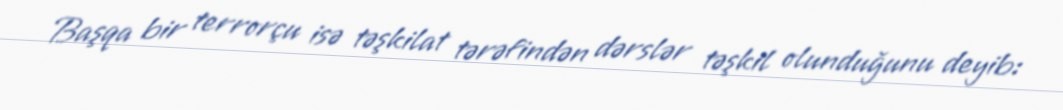
Başqa bir terrorçu isə təşkilat tərəfindən dərslər təşkil olunduğunu deyib: